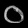
Digit: ၀